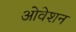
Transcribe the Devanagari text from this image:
ओवेशन